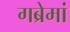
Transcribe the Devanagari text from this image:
गब्रेमां